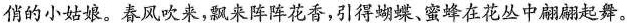
俏的小姑娘。春风吹来，飘来阵阵花香，引得蝴蝶、蜜蜂在花丛中翩翩起舞。